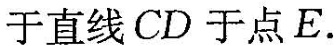
于直线CD于点E。